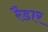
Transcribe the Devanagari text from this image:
रैडार